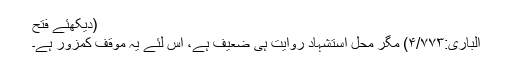
(دیکھئے فتح
الباری:۴/۷۷۳) مگر محل استشہاد روایت ہی ضعیف ہے، اس لئے یہ موقف کمزور ہے۔